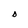
Character: O